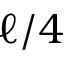
\ell / 4